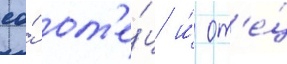
ео́ от'е́ц и́ от'е́ц